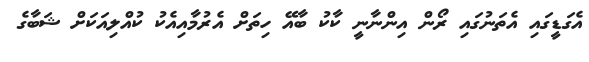
އެގަޑީގައި އެތަނުގައި ރޯން އިންނާނީ ކާކު ބާއޭ ހިތަށް އެރުމާއިއެކު ކުއްލިއަކަށް ޝަބާގެ